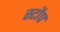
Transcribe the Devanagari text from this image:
स्टौप